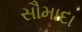
સૌમાદા